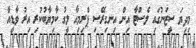
މިދިިޔަ ސީޒަނުގައި ލެސްޓާ އިން އިނގިރޭސި ޕްރިމިއާ ލީގު ކާމިޔާބުކުރި އިރު ވާޑީއާ